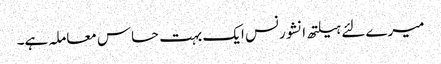
میرے لئے ہیلتھ انشورنس ایک بہت حساس معاملہ ہے۔